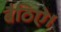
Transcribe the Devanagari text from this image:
बैठिऐ।